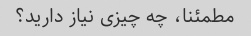
مطمئنا، چه چیزی نیاز دارید؟